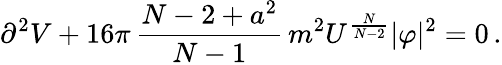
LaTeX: \partial^{2}V+16\pi\, \frac{N-2+a^{2}}{N-1}\, m^{2}U^{\frac{N}{N-2}}|\varphi|^{2}=0\, .